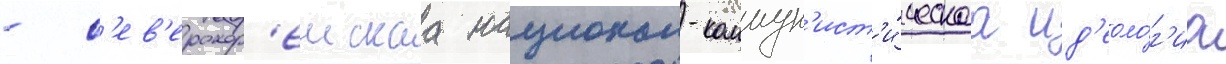
- с'ев'ерокор'еискаа национал-коммун'ист'и́ческаа ид'еоло́г'иа